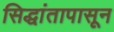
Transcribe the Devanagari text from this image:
सिद्धांतापासून